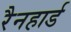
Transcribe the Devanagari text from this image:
रैनहार्ड